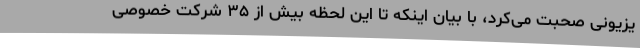
یزیونی صحبت می‌کرد، با بیان اینکه تا این لحظه بیش از ۳۵ شرکت خصوصی